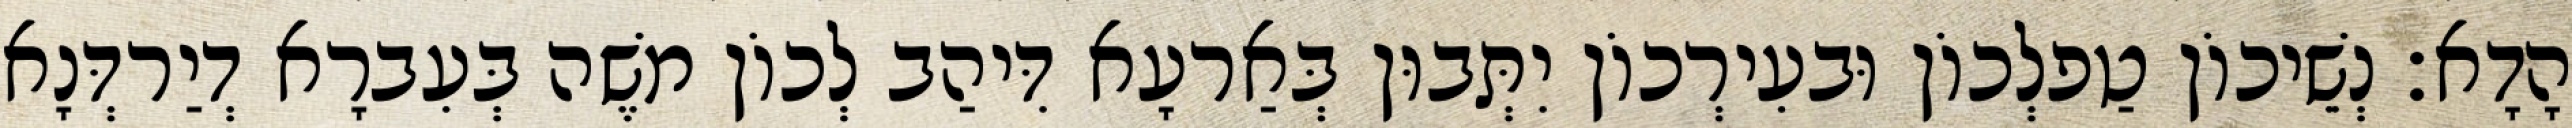
הָדָא׃ נְשֵׁיכוֹן טַפלְכוֹן וּבעִירְכוֹן יִתְּבוּן בְּאַרעָא דִּיהַב לְכוֹן מֹשֶׁה בְּעִברָא דְיַרדְּנָא